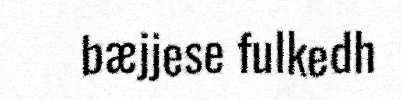
bæjjese fulkedh